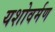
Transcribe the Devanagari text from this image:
यशोवर्मण